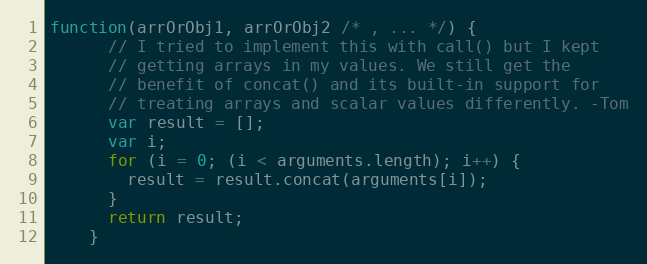
Language: JavaScript
function(arrOrObj1, arrOrObj2 /* , ... */) {
      // I tried to implement this with call() but I kept
      // getting arrays in my values. We still get the
      // benefit of concat() and its built-in support for
      // treating arrays and scalar values differently. -Tom
      var result = [];
      var i;
      for (i = 0; (i < arguments.length); i++) {
        result = result.concat(arguments[i]);
      }
      return result;
    }